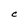
Character: C